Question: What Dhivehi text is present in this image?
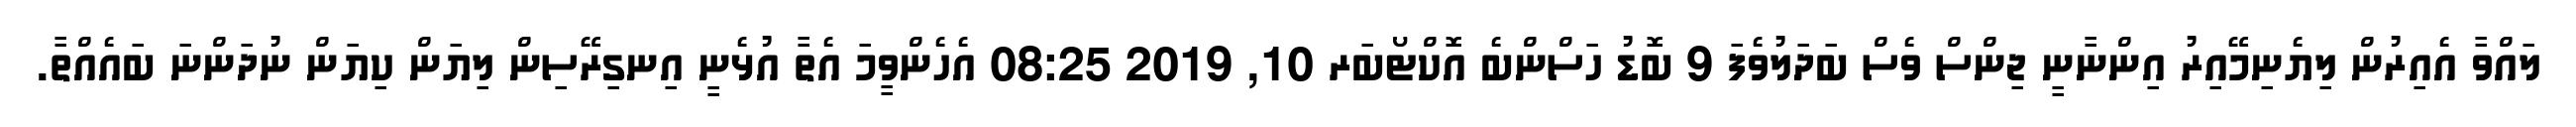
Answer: ލައްވާ އެއިރުން ލިޔެނިމޭއިރު އިންނާނީ ޖިންސް ވެސް ބަދަލުވެފަ 9 ބޮޑު ހަސްންބެ އޮކްޓޯބަރ 10, 2019 08:25 އެހެންވީމަ އެތާ އުޅެނީ އިނގިރޭސިން ލިޔަން ކިޔަން ނުދަންނަ ބައެއްތާ.